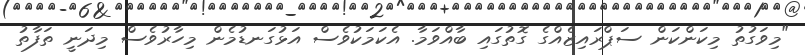
"މިވަގުތު މިކަންކަން ސަޕްރައިޒެއްގެ ގޮތުގައި ބާއްވަމާ. އެކަމަކުވެސް އަޅުގަނޑުމެން މިހާރުވެސް މިދަނީ ތަފާތު